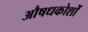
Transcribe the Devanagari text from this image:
औषधकोशों